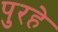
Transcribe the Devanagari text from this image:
पुरहे